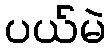
ပယ်မဲ